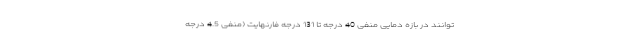
توانند در بازه دمایی منفی 40 درجه تا 131 درجه فارنهایت (منفی 4.5 درجه